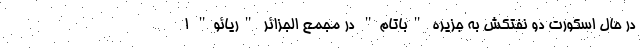
در حال اسکورت دو نفتکش به جزیره "باتام" در مجمع الجزائر "ریائو" ا